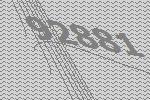
92881